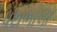
પથભોલા